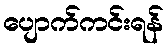
ပျောက်ကင်းရန်